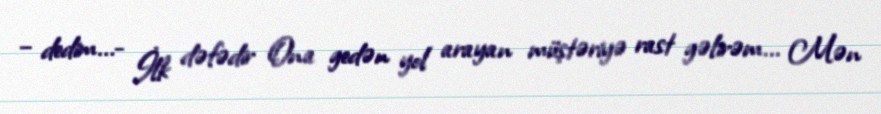
– dedim...- İlk dəfədir Ona gedən yol arayan müştəriyə rast gəlirəm... Mən